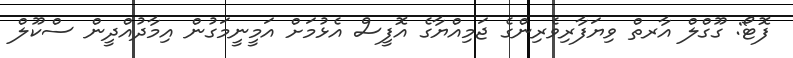
ފޮޓޯ: ގޫގްލް އާރތް ވިޔަފާރިވެރިންގެ ޖަމިއްޔާގެ އޮފީސް އެޅުމަށް އަމީނީމަގުން އިމާދުއްދީން ސްކޫލް